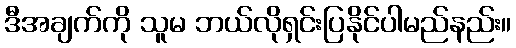
ဒီအချက်ကို သူမ ဘယ်လိုရှင်းပြနိုင်ပါမည်နည်း။